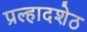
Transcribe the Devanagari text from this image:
प्रल्हादशेठ